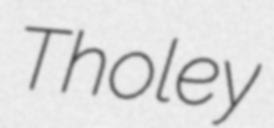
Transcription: Tholey